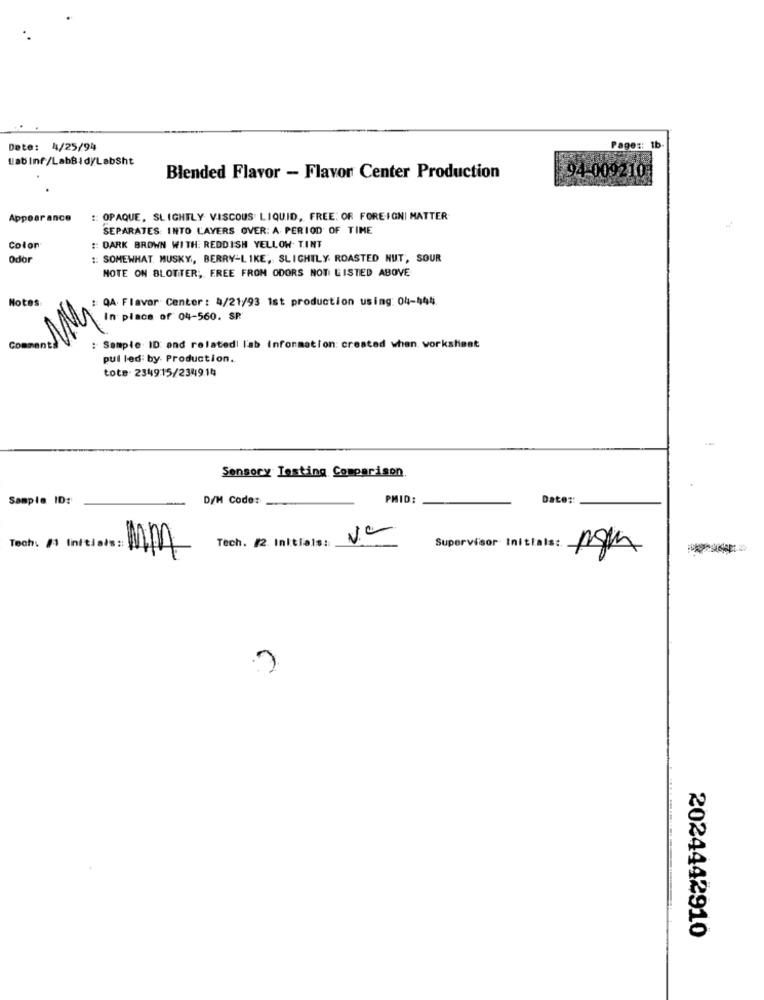
th
Date: 4/25/94
Pages:
Lab Inf /LabBid//LabSht
Blended Flavor - Flavor Center Production
94-009210
Appear ance
:: OPAQUE, SLIGHTLY VISCOUS LIQUID, FREE: OR FOREIGNI MATTER
SEPARATES INTO LAYERS OVER: A PERIOD OF TIME
Colon
:: DARK BROWN WITH: REDDISH YELLOW. TINT
Odor
:: SOMEWHAT. MUSKY, BERRY-LIKE, SLIGHTLY ROASTED NUT, SOUR
NOTE ON BLOTTER; FREE FROM ODORS NOT LISTED ABOVE
Notes
:QA. Flavor Center: 4/21/93 1st production using: 04-444.
In place of 04-560. SR
Com
: Sample ID: and relatedi l'ab Information: created when. worksheet
pul led: by Production.
tote- 234915/2349.14
Sensory Testing Comparison
Sample ID:
D/H Code:
PMID:
Date ::
Tech: /1 Initials : Mim
Supervisor Initials:
pgm
2024442910